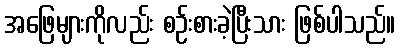
အဖြေများကိုလည်း စဉ်းစားခဲ့ပြီးသား ဖြစ်ပါသည်။